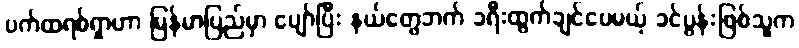
ပက်ထရစ်ရှာဟာ မြန်မာပြည်မှာ ပျော်ပြီး နယ်တွေဘက် ခရီးထွက်ချင်ပေမယ့် ခင်ပွန်းဖြစ်သူက